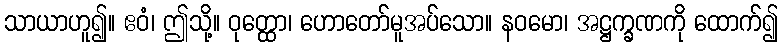
သာယာဟူ၍။ ဧဝံ၊ ဤသို့။ ဝုတ္ထော၊ ဟောတော်မူအပ်သော။ နဝမော၊ အဋ္ဌက္ခဏကို ထောက်၍